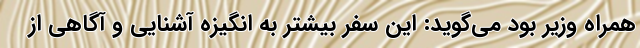
همراه وزیر بود می‌گوید: این سفر بیشتر به انگیزه آشنایی و آگاهی از